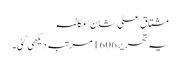
مشتاق علی شان | مکالمہ
یہ تحریر 1606 مرتبہ دیکھی گئی۔